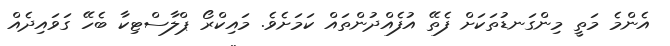
އެންމެ މަތީ މިންގަނޑުތަކަށް ފެތޭ އުފެއްދުންތައް ކަމަށެވެ. މައިކްރޯ ޕްލާސްޓިކާ ބެހޭ ގަވައިދެއް